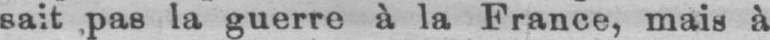
sait pas la guerre à la France, mais à